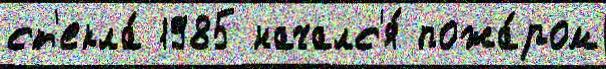
ст'екла́ 1985 началс'я́ пожа́ром